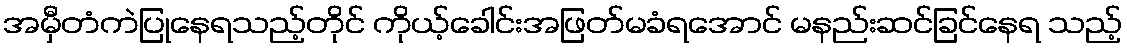
အမှီတံကဲပြုနေရသည့်တိုင် ကိုယ့်ခေါင်းအဖြတ်မခံရအောင် မနည်းဆင်ခြင်နေရ သည့်